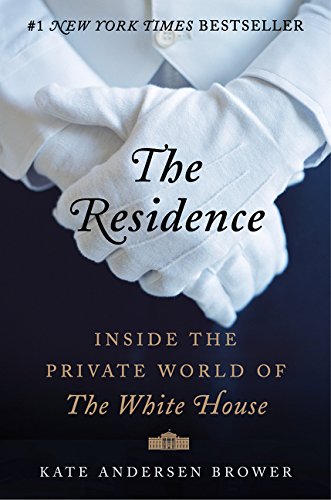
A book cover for The Residence: Inside the Private World of the White House; Kate Andersen Brower; Biographies & Memoirs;